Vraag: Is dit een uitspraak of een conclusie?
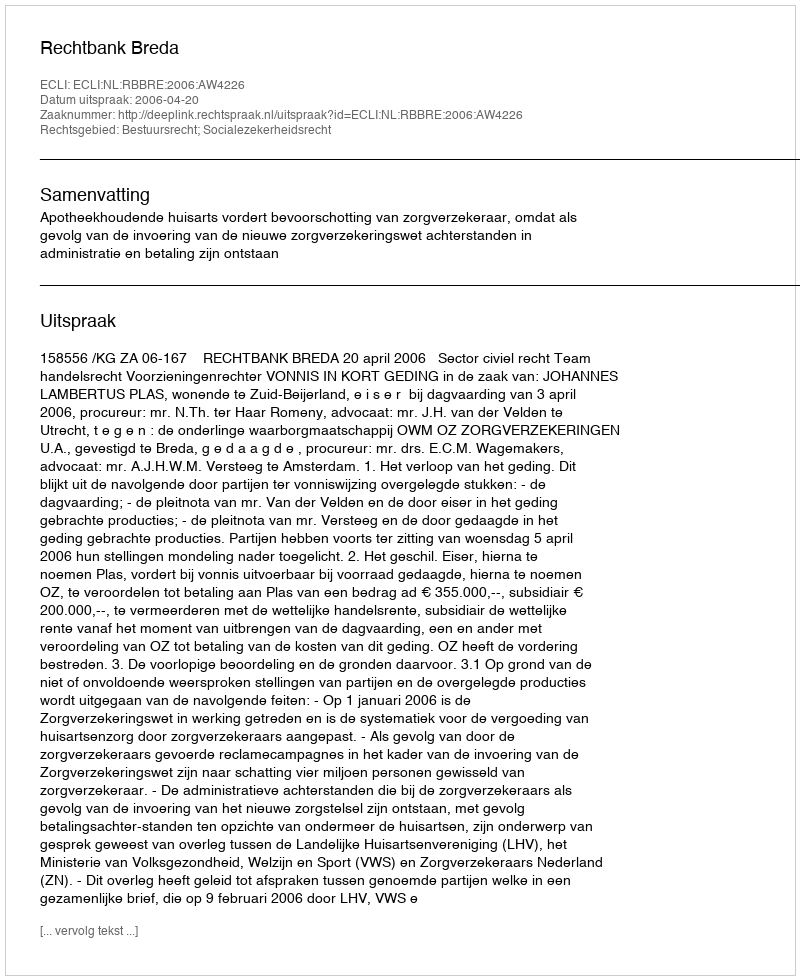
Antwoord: Uitspraak